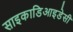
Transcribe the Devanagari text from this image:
साइकाडिआइडेसी